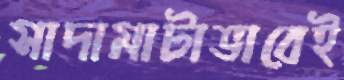
সাদামাটাভাবেই